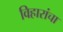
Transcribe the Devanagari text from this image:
विहारांचा